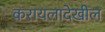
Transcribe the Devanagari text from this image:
करायलादेखील